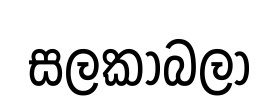
සලකාබලා